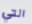
التي